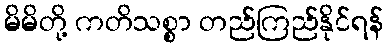
မိမိတို့ ကတိသစ္စာ တည်ကြည်နိုင်ရန်